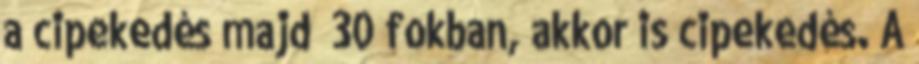
a cipekedés majd’ 30 fokban, akkor is cipekedés. A